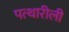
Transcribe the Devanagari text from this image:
पत्थारीली